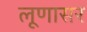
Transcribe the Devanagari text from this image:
लूणासर